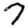
Digit: 7